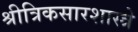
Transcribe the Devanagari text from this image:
श्रीत्रिकसारशास्त्रे